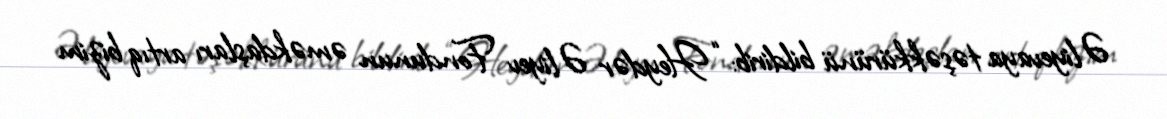
Əliyevaya təşəkkürünü bildirib: “Heydər Əliyev Fondunun əməkdaşları artıq bizim